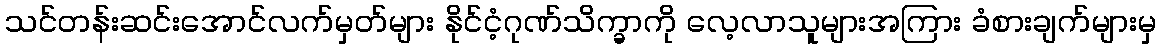
သင်တန်းဆင်းအောင်လက်မှတ်များ နိုင်ငံ့ဂုဏ်သိက္ခာကို လေ့လာသူများအကြား ခံစားချက်များမှ